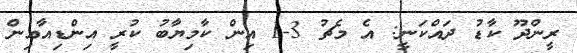
ރީންދޫ ކާޑު ދައްކަނީ: އެ މެޗު 3-1 އިން ކާމިޔާބު ކުރީ އިންޑިއާއިން